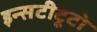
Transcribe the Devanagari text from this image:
इन्सटीटूटो